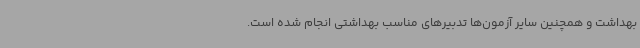
بهداشت و همچنین سایر آزمون‌ها تدبیرهای مناسب بهداشتی انجام شده است.